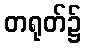
တရုတ်၌